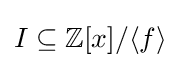
I\subseteq \mathbb {Z} [x]/\langle f\rangle